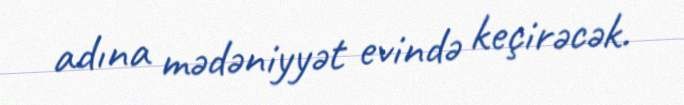
adına mədəniyyət evində keçirəcək.